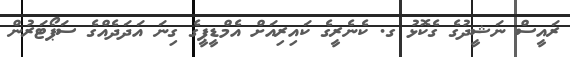
ރައީސް ނަޝީދުގެ ގެކޮޅު ގ. ކެނެރީގެ ކައިރިއަށް އެމްޑީޕީގެ ގިނަ އަދަދެއްގެ ސަޕޯޓަރުން